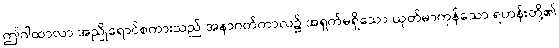
ဤဂါထာလာ အညိုရောင်စကားသည် အနာဂတ်ကာလ၌ အရှက်မရှိသော ယုတ်မာကုန်သော ရဟန်းတို့၏